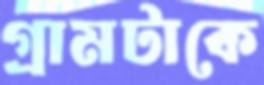
গ্রামটাকে